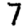
Digit: 7